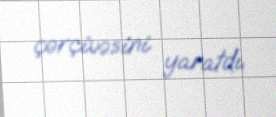
çərçivəsini yaratdı.